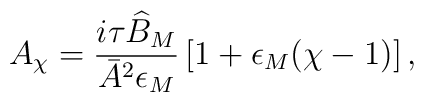
A_\chi = \frac{i \tau \widehat{B}_M}{\bar{A}^2 \epsilon_M} \left[ 1 + \epsilon_M (\chi -1) \right],